Leaving Certificate, 1901
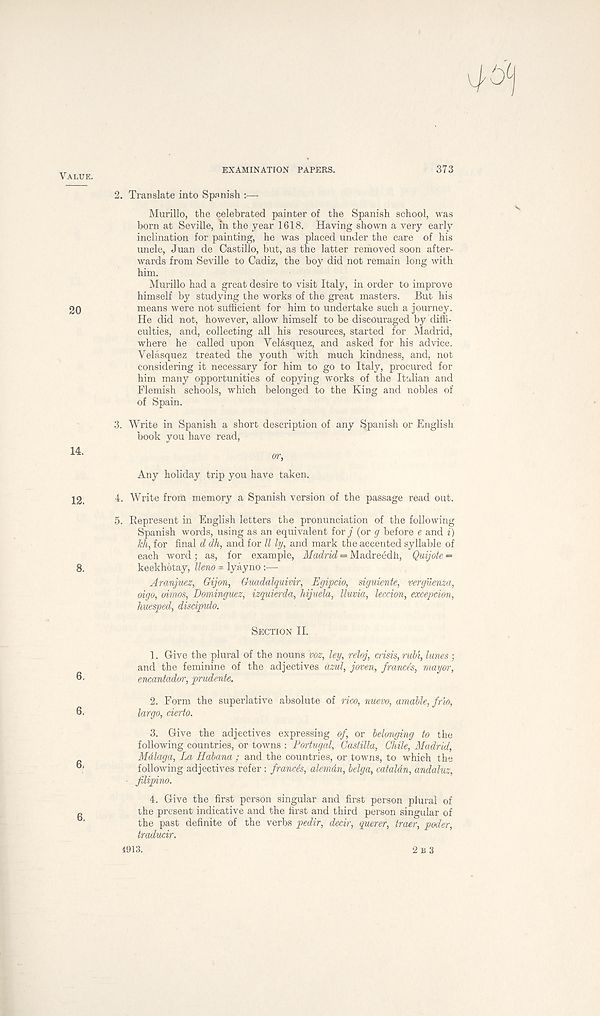
Value.
20
14.
12.
8.
6.
6.
6.
6.
EXAMINATION PAPERS.
373
2. Translate into Spanish :—-
Murillo, the celebrated painter of the Spanish school, was
born at Seville, m the year 1618. Having shown a very early
inclination for painting, he was placed under the care of his
uncle, Juan de Castillo, but, as the latter removed soon after-
wards from Seville to Cadiz, the boy did not remain long with
him.
Murillo had a great desire to visit Italy, in order to improve
himself by studying the works of the great masters. But his
means were not sufficient for him to undertake such a journey.
He did not, however, allow himself to be discouraged by diffi-
culties, and, collecting all his resources, started for Madrid,
where he called upon VeUsquez, and asked for his advice.
Velasquez treated the youth with much kindness, and, not
considering it necessary for him to go to Italy, procured for
him many opportunities of copying works of the Italian and
Flemish schools, which belonged to the King and nobles of
of Spain.
3. Write in Spanish a short description of any Spanish or English
book you have read,
Any holiday trip you have taken.
4. Write from memory a Spanish version of the passage read out.
5. Represent in English letters the pronunciation of the following
Spanish words, using as an equivalent for j (or g before e and i)
Jch, for final d dh, and for U ly, and mark the accented syllable of
each word; as, for example, Madrid = Madreedh, Quijote -
keekhotay, lleno = lyayno :—
Aranjuez, Gijon, Gtiadalquivir, Egipcio, siguiente, verguenza,
oigo, oimos, Dominguez, izquierda, hijuela, lluvia, leccion, excepcion,
huesped, discipulo.
Section II.
1. Give the plural of the nouns voz, ley, reloj, crisis, rubi, lunes ;
and the feminine of the adjectives azul, joven, francos, mayor,
encantador, prudente.
2. Form the superlative absolute of rico, nuevo, amable, fr' io,
largo, cierto.
3. Give the adjectives expressing of, or belonging to the
following countries, or towns : Portugal, Castilla, Chile, Madrid,
Mdlaga, La Habana; and the countries, or towns, to which the
following adjectives refer: francos, alemdn, belga, cataldn, andaluz,
fdipino.
4. Give the first person singular and first person plural of
the present indicative and the first and third person singular of
the past definite of the verbs pedir, decir, querer, traer, poder,
traducir.
2 B 3